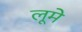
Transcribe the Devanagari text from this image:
लूमे